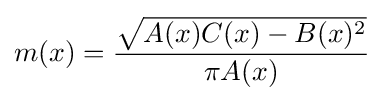
m(x)={\frac {\sqrt {A(x)C(x)-B(x)^{2}}}{\pi A(x)}}